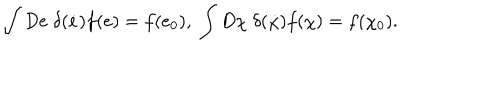
LaTeX: \int D e \; \delta ( { \dot { e } } ) f ( e ) = f ( e _ { 0 } ) , \; \int D \chi \; \delta ( \dot { \chi } ) f ( \chi ) = f ( \chi _ { 0 } ) .